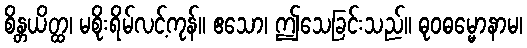
စိန္တယိတ္ထ၊ မစိုးရိမ်လင့်ကုန်။ ဧသော၊ ဤသေခြင်းသည်။ ဓုဝဓမ္မောနာမ၊